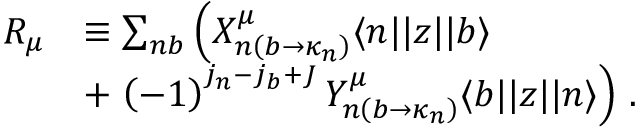
\begin{array} { r l } { R _ { \mu } } & { \equiv \sum _ { n b } \left( X _ { n \left( b \rightarrow \kappa _ { n } \right) } ^ { \mu } \langle n | | z | | b \rangle \right. } \\ & { + \left. \left( - 1 \right) ^ { j _ { n } - j _ { b } + J } Y _ { n \left( b \rightarrow \kappa _ { n } \right) } ^ { \mu } \langle b | | z | | n \rangle \right) \, . } \end{array}